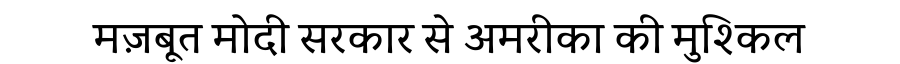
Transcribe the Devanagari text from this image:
मज़बूत मोदी सरकार से अमरीका की मुश्किल